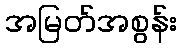
အမြတ်အစွန်း